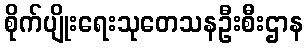
စိုက်ပျိုးရေးသုတေသနဦးစီးဌာန